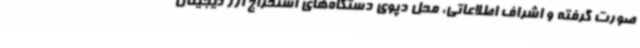
صورت گرفته و اشراف اطلاعاتی، محل دپوی دستگاه‌های استخراج ارز دیجیتال